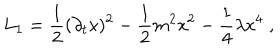
LaTeX: L _ { 1 } = \frac { 1 } { 2 } ( \partial _ { t } \mathrm { x } ) ^ { 2 } - \frac { 1 } { 2 } m ^ { 2 } \mathrm { x } ^ { 2 } - \frac { 1 } { 4 } \lambda \mathrm { x } ^ { 4 } \; ,